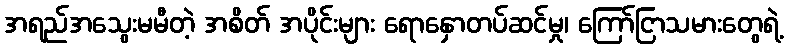
အရည်အသွေးမမီတဲ့ အစိတ် အပိုင်းများ ရောနှောတပ်ဆင်မှု၊ ကြော်ငြာသမားတွေရဲ့